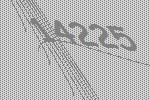
14225